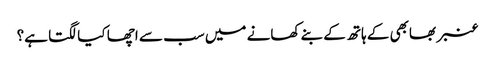
عنبر بھابھی کے ہاتھ کے بنے کھانے میں سب سے اچھا کیا لگتا ہے؟